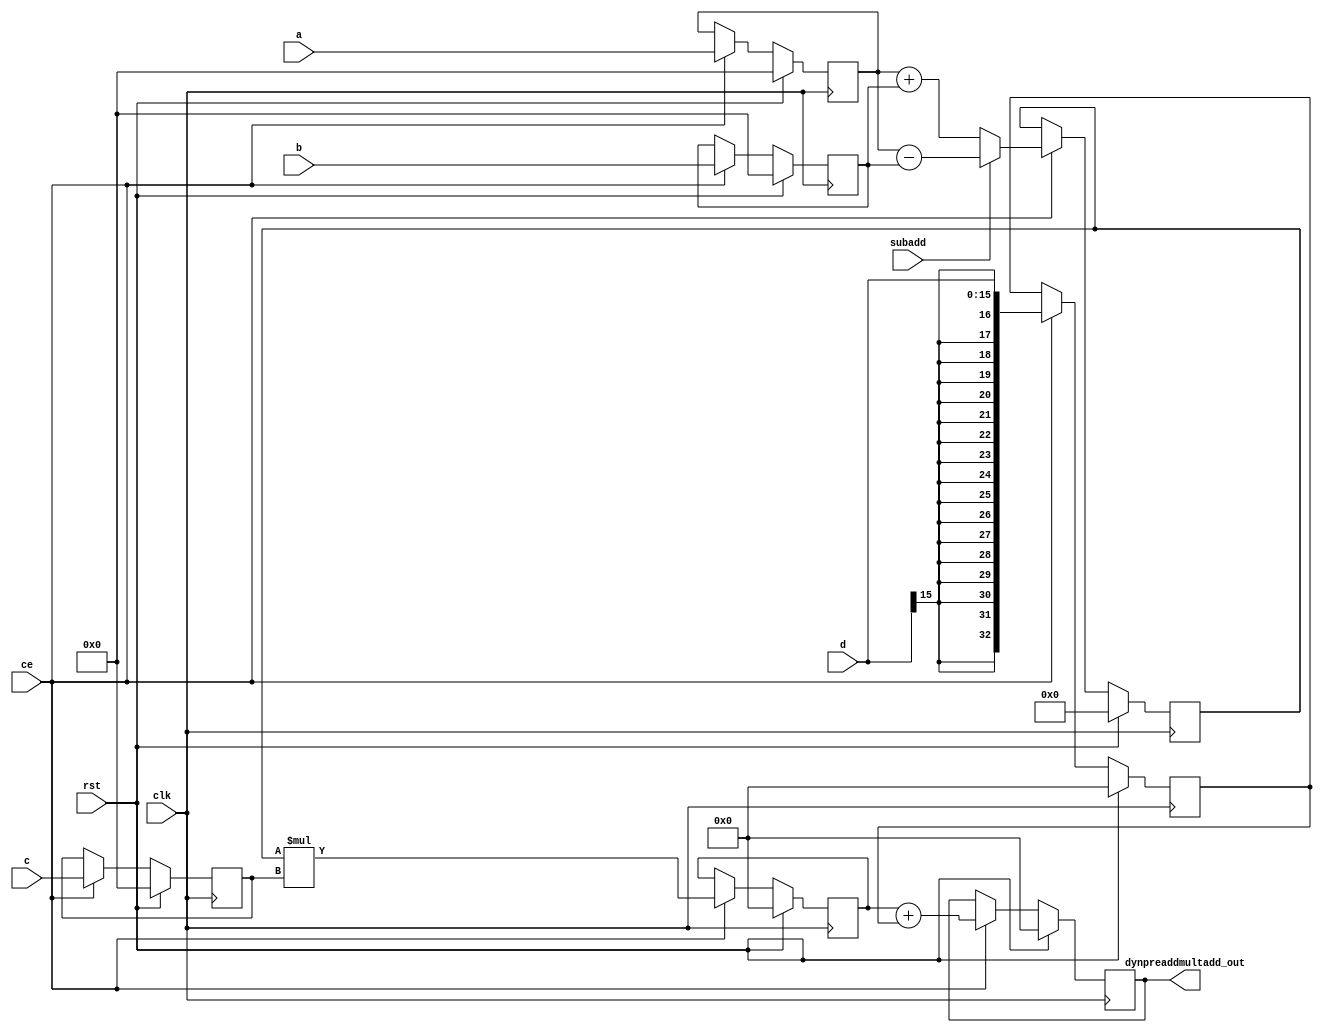
`timescale 1ns / 1ps
//////////////////////////////////////////////////////////////////////////////////
// Company: 
// Engineer: 
// 
// Design Name: 
// Module Name: dynpreaddmultadd
// Project Name: 
// Target Devices: 
// Tool Versions: 
// Description: 
// 
// Dependencies: 
// 
// Revision:
// Revision 0.01 - File Created
// Additional Comments:
// 
//////////////////////////////////////////////////////////////////////////////////


// Pre-add/subtract select with Dynamic control
// dynpreaddmultadd.v
module dynpreaddmultadd # (parameter SIZEIN = 16)
    (
        input clk, ce, rst, subadd,
        input signed [SIZEIN-1:0] a, b, c, d,
        output signed [2*SIZEIN:0] dynpreaddmultadd_out
    );
    // Declare registers for intermediate values
    reg signed [SIZEIN-1:0] a_reg, b_reg, c_reg;
    reg signed [SIZEIN:0] add_reg;
    reg signed [2*SIZEIN:0] d_reg, m_reg, p_reg;
    
    always @(posedge clk) begin
        if (rst) begin
            a_reg <= 0; // Sub_a
            b_reg <= 0; // sub_a_pair
            c_reg <= 0; // sub_omega
            d_reg <= 0; // 0
            add_reg <= 0;
            m_reg <= 0;
            p_reg <= 0;
        end else if (ce) begin
            a_reg <= a;
            b_reg <= b;
            c_reg <= c;
            d_reg <= d;
            if (subadd)
                add_reg <= a_reg - b_reg;
            else
                add_reg <= a_reg + b_reg;
            m_reg <= add_reg * c_reg;
            p_reg <= m_reg + d_reg;
        end
    end
    // Output accumulation result
    assign dynpreaddmultadd_out = p_reg;

endmodule // dynpreaddmultadd